Scottish Leaving Certificate Examination, 1951
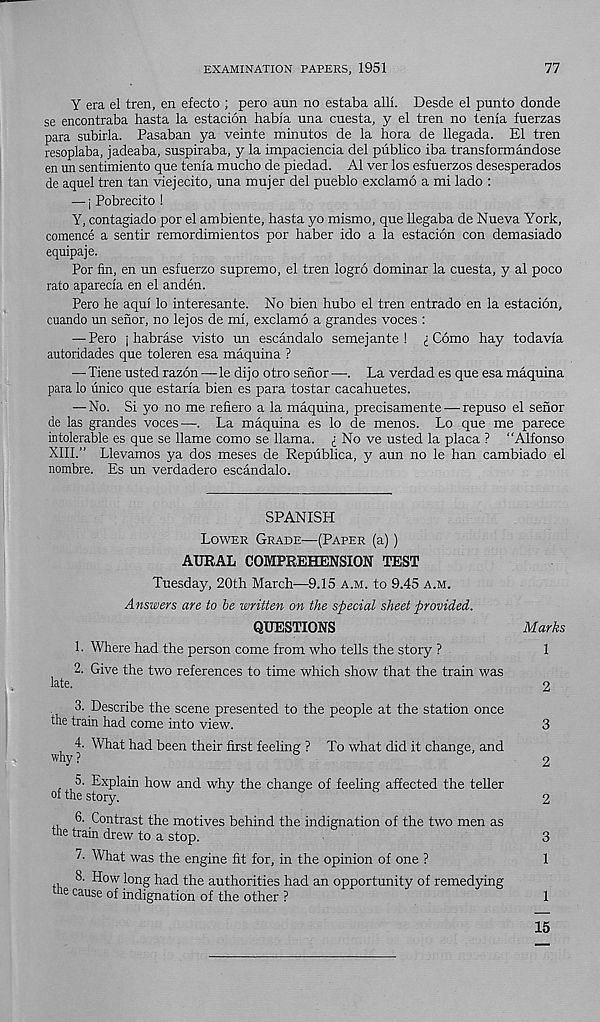
EXAMINATION PAPERS, 1951
77
Y era el tren, en efecto ; pero arm no estaba alii Desde el punto donde
se encontraba hasta la estacion habla una cuesta, y el tren no tenia fuerzas
para subirla. Pasaban ya veinte minutos de la bora de llegada. El tren
resoplaba, jadeaba, suspiraba, y la impaciencia del publico iba transformandose
en un sentimiento que tenia mucho de piedad. A1 ver los esfuerzos desesperados
de aquel tren tan viejecito, una mujer del pueblo exclamo a mi lado :
— i Pobrecito !
Y, contagiado por el ambiente, hasta yo mismo, que llegaba de Nueva York,
comence a sentir remordimientos por haber ido a la estacion con demasiado
equipaje.
Por fin, en un esfuerzo supremo, el tren logro dominar la cuesta, y al poco
rato aparecla en el anden.
Pero he aqul lo interesante. No bien hubo el tren entrado en la estacion,
cuando un senor, no lejos de ml, exclamo a grandes voces :
— Pero j habrase visto un escandalo semejante !
Como hay todavla
autoridades que toleren esa maquina ?
— Tiene usted razon —le dijo otro senor—. La verdad es que esa maquina
para lo unico que estarla bien es para tostar cacahuetes.
— No. Si yo no me refiero a la maquina, precisamente — repuso el senor
de las grandes voces—. La maquina es lo de menos. Lo que me parece
intolerable es que se llame como se llama. (_ No ve usted la placa ? "Alfonso
XIII.” Llevamos ya dos meses de Reptiblica, y aun no le han cambiado el
nombre. Es un verdadero escandalo.
SPANISH
Lower Grade-—(Paper (a))
AURAL COMPREHENSION TEST
Tuesday, 20th March—9.15 a.m. to 9.45 a.m.
Answers are to be written on the special sheet provided.
QUESTIONS
1. Where had the person come from who tells the story ?
2. Give the two references to time which show that the train was
late.
3. Describe the scene presented to the people at the station once
the train had come into view.
^ 4. What had been their first feeling ? To what did it change, and
5. Explain how and why the change of feeling affected the teller
of the story.
6. Contrast the motives behind the indignation of the two men as
the train drew to a stop.
7. What was the engine fit for, in the opinion of one ?
8. How long had the authorities had an opportunity of remedying
e cau se of indignation of the other ?
Marks
1
2
3
2
2
3
1
1
15